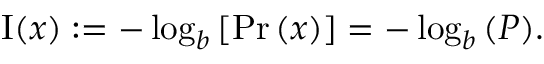
\operatorname { I } ( x ) : = - \log _ { b } { \left[ \operatorname* { P r } { \left( x \right) } \right] } = - \log _ { b } { \left( P \right) } .